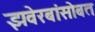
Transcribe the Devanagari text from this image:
झवेरबांसोबत